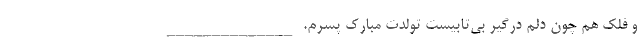
و فلک هم چون دلم درگیر بی‌تابیست تولدت مبارک پسرم. ______________